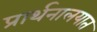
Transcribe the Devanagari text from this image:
प्रार्थनालयात